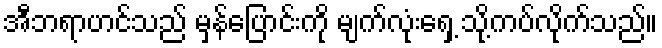
အီဘရာဟင်သည် မှန်ပြောင်းကို မျက်လုံးရှေ့ သို့ကပ်လိုက်သည်။